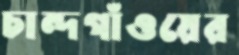
চান্দগাঁওয়ের